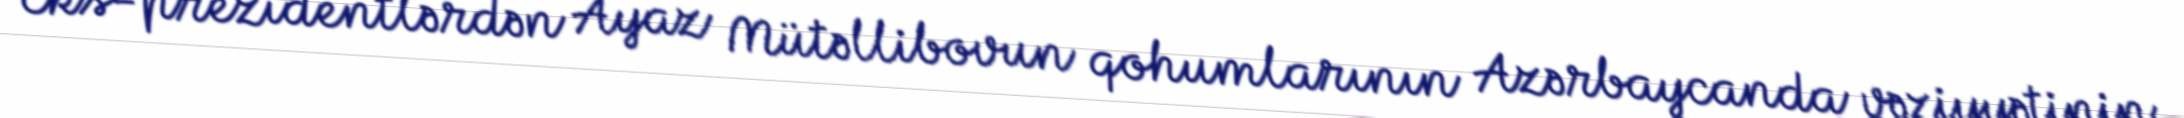
Eks-prezidentlərdən Ayaz Mütəllibovun qohumlarının Azərbaycanda vəziyyətinin